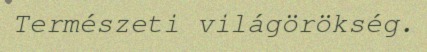
Természeti világörökség.